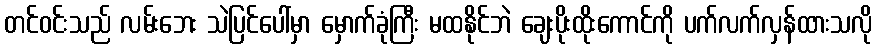
တင်ဝင်းသည် လမ်းဘေး သဲပြင်ပေါ်မှာ မှောက်ခုံကြီး မထနိုင်ဘဲ ချေးပိုးထိုးကောင်ကို ပက်လက်လှန်ထားသလို